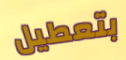
بتعطيل